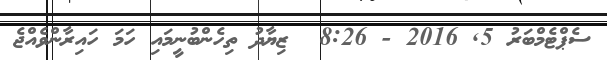
ސެޕްޓެމްބަރު 5